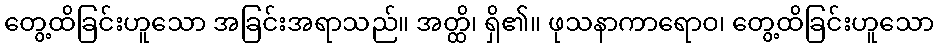
တွေ့ထိခြင်းဟူသော အခြင်းအရာသည်။ အတ္ထိ၊ ရှိ၏။ ဖုသနာကာရောဝ၊ တွေ့ထိခြင်းဟူသော